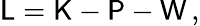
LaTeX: \mathsf{L}=\mathsf{K}-\mathsf{P}-\mathsf{W}\, ,